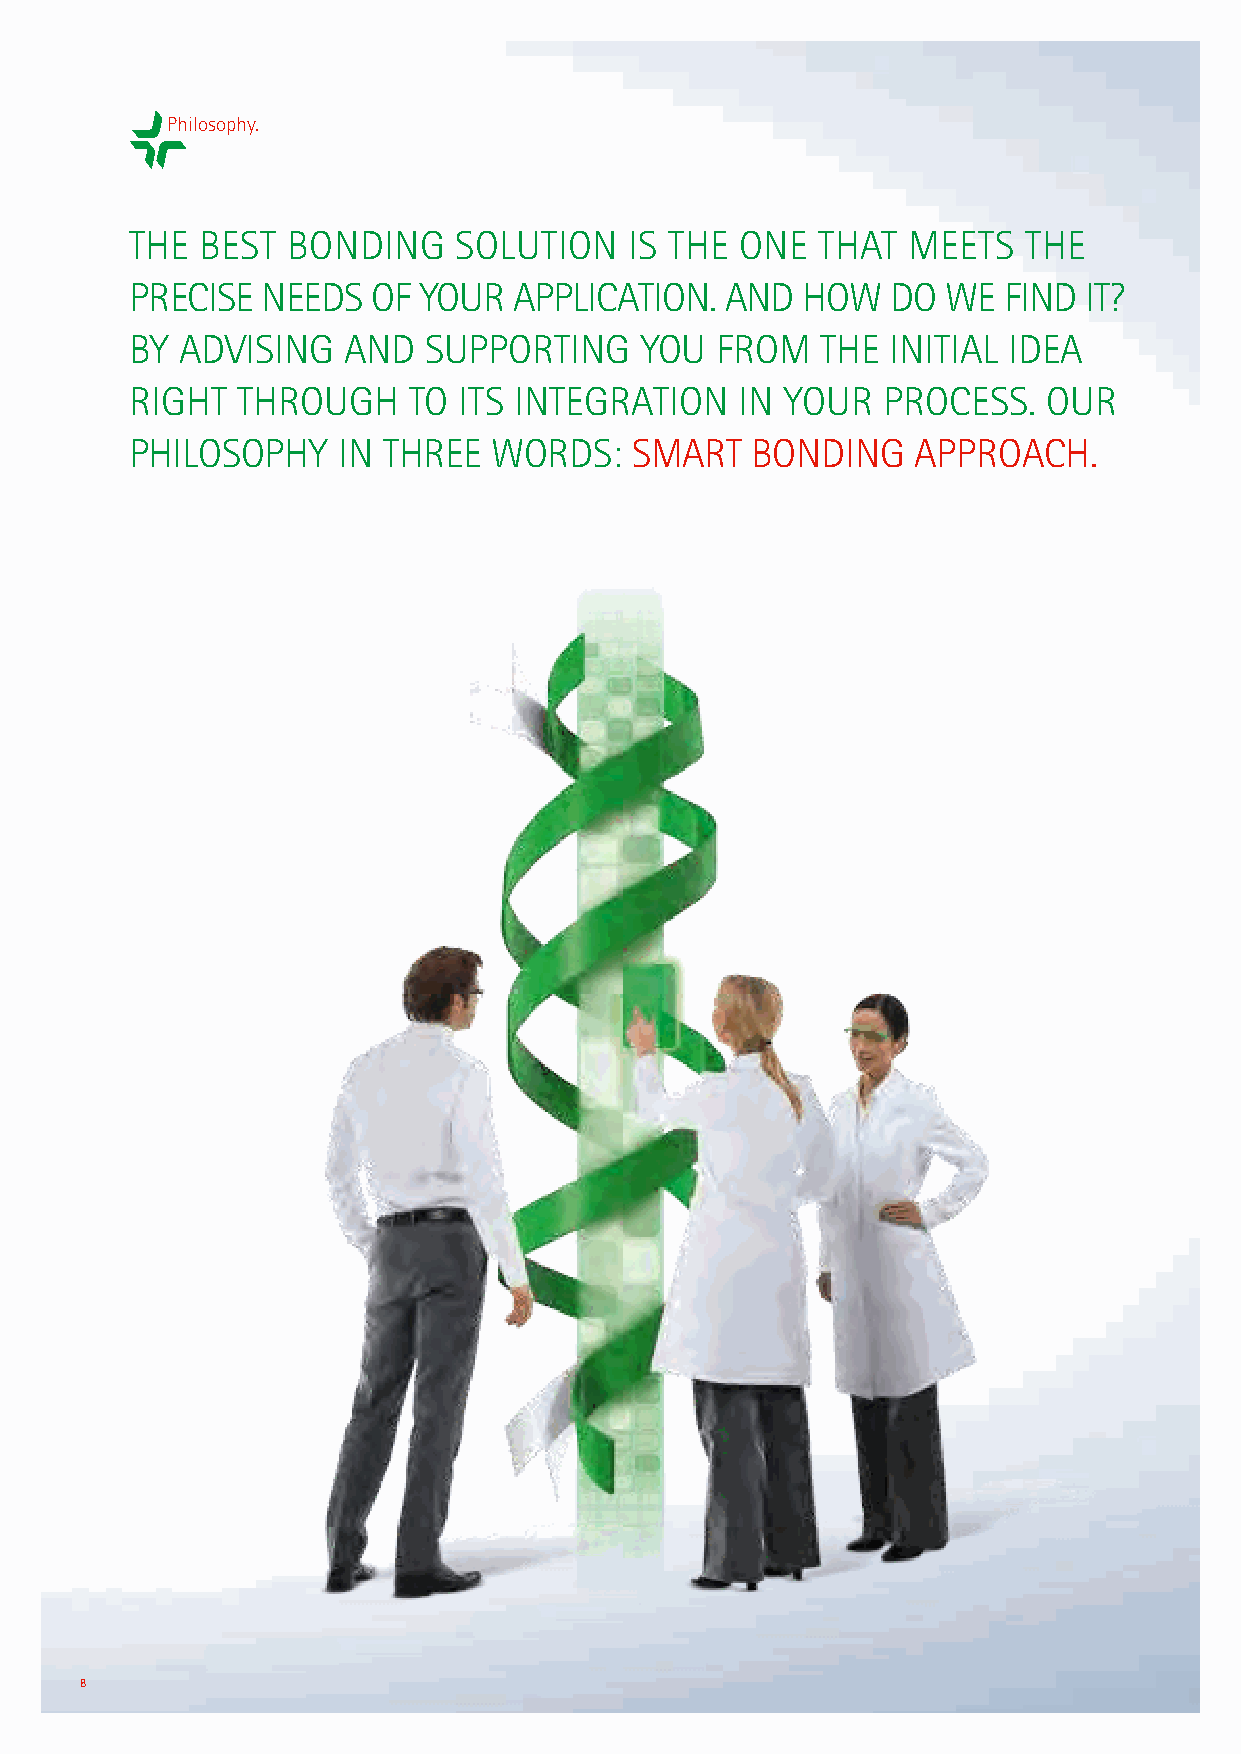
Philosophy.
 THE BEST  BONDING    SOLUTION    IS THE ONE  THAT  MEETS   THE
 PRECISE NEEDS   OF YOUR  APPLICATION.  AND  HOW   DO  WE FIND  IT?
 BY ADVISING   AND  SUPPORTING    YOU  FROM   THE  INITIAL IDEA
 RIGHT  THROUGH    TO ITS INTEGRATION    IN YOUR  PROCESS.   OUR
 PHILOSOPHY   IN THREE   WORDS:   SMART   BONDING    APPROACH.
 8